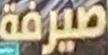
صیرفة